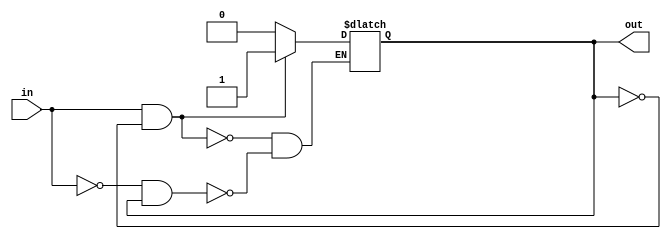
module schmitt_trigger_buffer (
    input wire in,
    output reg out
);

reg prev_out;

always @ (in)
begin
    if (in && !prev_out)
        out <= 1;
    else if (!in && prev_out)
        out <= 0;
    prev_out <= out;
end

endmodule